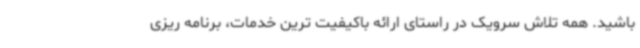
باشید. همه تلاش سرویک در راستای ارائه باکیفیت ترین خدمات، برنامه ریزی